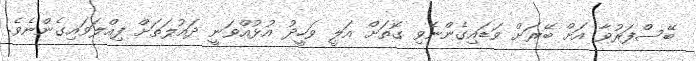
ބޭސްފަރުވާ އަށް ބޭރަށް ވަޑައިގެންނެވި ގޮތަށް އަލީ ވަހީދު އުޅުއްވަނީ ދައުލަތަށް ފިއްލަވައިގެންނެވެ.